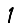
Digit: 1